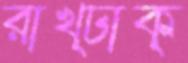
রাখ্ঢাক্